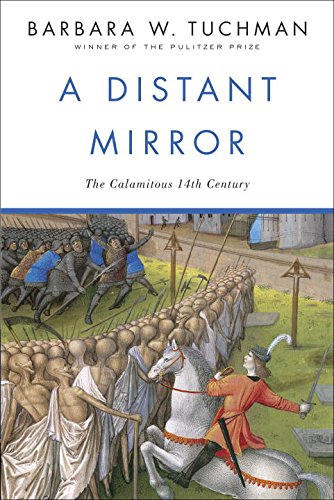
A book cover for A Distant Mirror:  The Calamitous 14th Century; Barbara W. Tuchman; History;